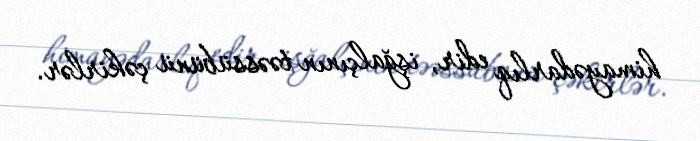
himayədarlıq edir, işğalçının təəssübünü çəkirlər.